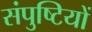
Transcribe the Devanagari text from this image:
संपुष्टियों